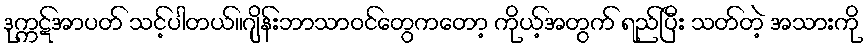
ဒုက္ကဋ်အာပတ် သင့်ပါတယ်။ဂျိန်းဘာသာဝင်တွေကတော့ ကိုယ့်အတွက် ရည်ပြီး သတ်တဲ့ အသားကို